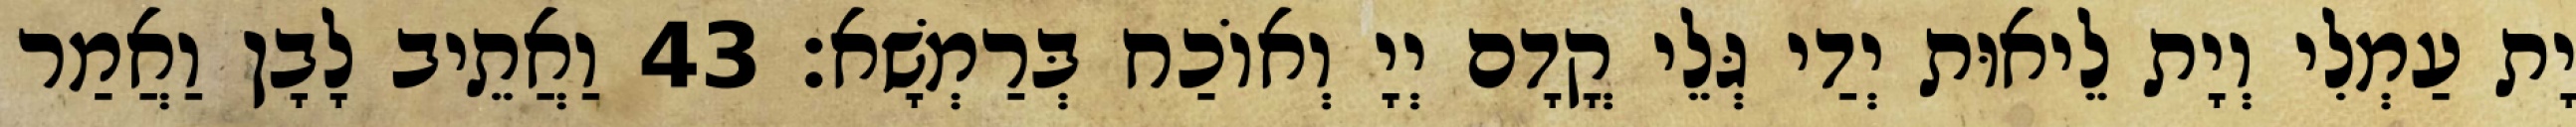
יָת עַמְלִי וְיָת לֵיאוּת יְדַי גְּלֵי קֳדָם יְיָ וְאוֹכַח בְּרַמְשָׁא׃ 43 וַאֲתֵיב לָבָן וַאֲמַר